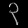
Digit: ၃